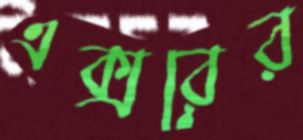
এক্সরের